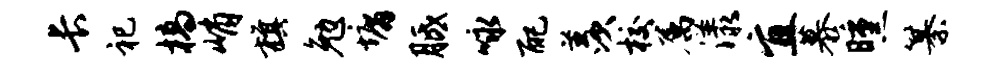
长祀槁峭旗勉墉胝咏配羡校属漾宜慕曛纂